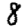
Digit: 8